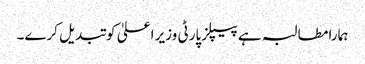
ہمارا مطالبہ ہے پیپلز پارٹی وزیر اعلیٰ کو تبدیل کرے۔